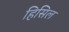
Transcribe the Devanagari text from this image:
हिसिल